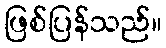
ဖြစ်ပြန်သည်။